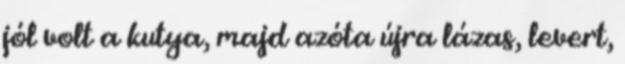
jól volt a kutya, majd azóta újra lázas, levert,